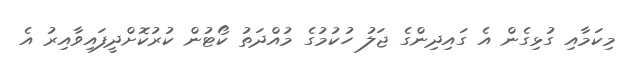
މިކަމާއި ގުޅިގެން އެ ގައިދިންގެ ޖަލު ހުކުމުގެ މުއްދަތު ކޯޓުން ކުރުކޮށްދީފައިވާއިރު އެ